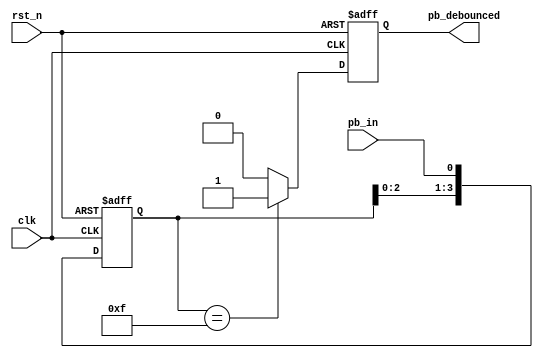
`timescale 1ns / 1ps
//////////////////////////////////////////////////////////////////////////////////
// Company: 
// Engineer: 
// 
// Design Name: 
// Module Name: debounce_circuit
// Project Name: 
// Target Devices: 
// Tool Versions: 
// Description: 
// 
// Dependencies: 
// 
// Revision:
// Revision 0.01 - File Created
// Additional Comments:
// 
//////////////////////////////////////////////////////////////////////////////////


module debounce_circuit(clk, rst_n, pb_in, pb_debounced);
    input clk;      // clock input
    input rst_n;    // active low reset
    input pb_in;    // push button input
    output reg pb_debounced;    // output debounce signal
    
    reg [3:0] debounce_windows;     // shift register for flip flop
    reg next_push_button_debounced; // debounce result

// Sequential logics : Shifter register    
    always @ (posedge clk or negedge rst_n)
    begin
        if (~rst_n)
            debounce_windows <= 4'b0;
        else
            debounce_windows <= {debounce_windows[2:0], pb_in};
    end

// Debounce circuit
// Combinational logics : mux
    always @ *
    begin
        if (debounce_windows == 4'b1111)
            next_push_button_debounced = 1'b1;
        else
            next_push_button_debounced = 1'b0;
    end

// Sequential logics : Flip flop for debounced signal
    always @ (posedge clk or negedge rst_n)
        if (~rst_n)
            pb_debounced <= 1'b0;
        else
            pb_debounced <= next_push_button_debounced;
endmodule